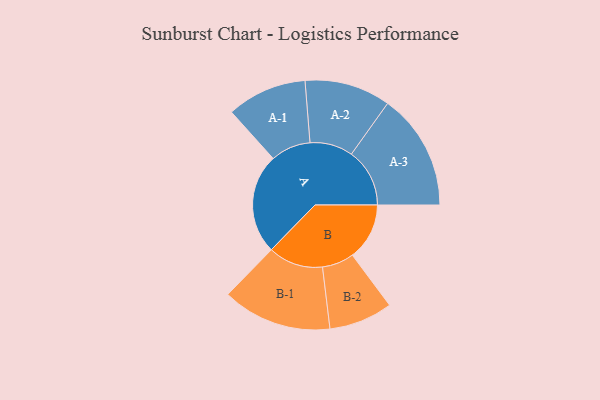
{"axis": {"x": "Segment", "y": "Value"}, "legend": ["", "A", "B"], "data": [{"x": "A", "y": 406, "type": ""}, {"x": "B", "y": 231, "type": ""}, {"x": "A-1", "y": 162, "type": "A"}, {"x": "A-2", "y": 174, "type": "A"}, {"x": "A-3", "y": 236, "type": "A"}, {"x": "B-1", "y": 222, "type": "B"}, {"x": "B-2", "y": 129, "type": "B"}]}